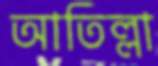
আতিল্লা